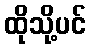
ထိုသို့ပင်